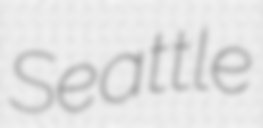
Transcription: Seattle